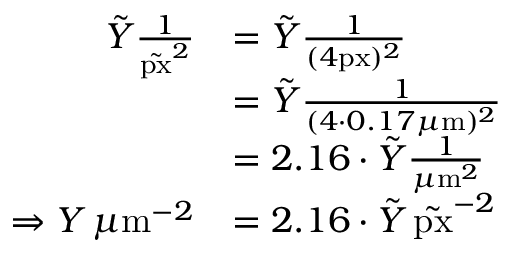
\begin{array} { r l } { \tilde { Y } \frac { 1 } { \tilde { \mathrm { p x } } ^ { 2 } } } & { = \tilde { Y } \frac { 1 } { ( 4 \mathrm { p x } ) ^ { 2 } } } \\ & { = \tilde { Y } \frac { 1 } { ( 4 \cdot 0 . 1 7 \mu \mathrm { m } ) ^ { 2 } } } \\ & { = 2 . 1 6 \cdot \tilde { Y } \frac { 1 } { \mu \mathrm { m } ^ { 2 } } } \\ { \Rightarrow Y \, \mu \mathrm { m } ^ { - 2 } } & { = 2 . 1 6 \cdot \tilde { Y } \, \tilde { \mathrm { p x } } ^ { - 2 } } \end{array}